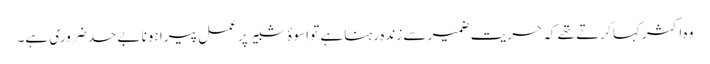
وہ اکثر کہا کرتے تھے کہ حریت ضمیر سے زندہ رہنا ہے تو اسوۂ شبیر پر عمل پیرا ہونا بے حد ضروری ہے۔